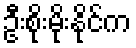
ဦးစိုးမိုးနိုင်က